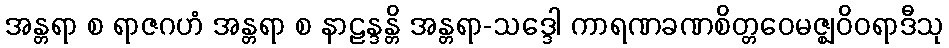
အန္တရာ စ ရာဇဂဟံ အန္တရာ စ နာဠန္ဒန္တိ အန္တရာ-သဒ္ဒေါ ကာရဏခဏစိတ္တဝေမဇ္ဈဝိဝရာဒီသု